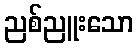
ညစ်ညူးသော